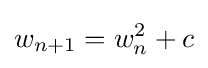
w_{n+1}=w_{n}^{2}+c